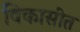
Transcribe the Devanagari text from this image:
विकासीत